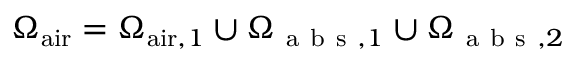
\Omega _ { \mathrm { a i r } } = \Omega _ { \mathrm { a i r } , 1 } \cup \Omega _ { \mathrm { ~ a ~ b ~ s ~ } , 1 } \cup \Omega _ { \mathrm { ~ a ~ b ~ s ~ } , 2 }